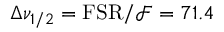
\Delta \nu _ { 1 / 2 } = \mathrm { F S R } / \mathcal { F } = 7 1 . 4